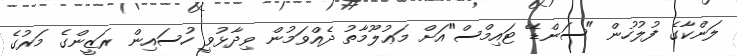
ލަންކާގެ ފުލުހުން "ސަންޑޭ ޓައިމްސް"އަށް މަޢުލޫމާތު ދެއްވަމުން ވިދާޅުވީ ހުސައިން ރަޒީންގެ މަރުގެ